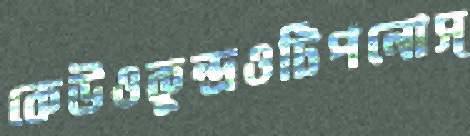
কেউওকুন্দ্রওটিপনোস্